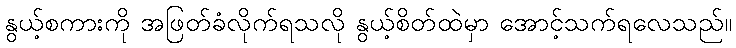
နွယ့်စကားကို အဖြတ်ခံလိုက်ရသလို နွယ့်စိတ်ထဲမှာ အောင့်သက်ရလေသည်။